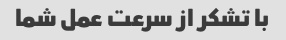
با تشکر از سرعت عمل شما